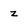
Character: z